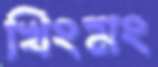
খিংমং